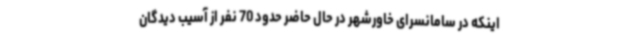
اینکه در سامانسرای خاورشهر در حال حاضر حدود 70 نفر از آسیب دیدگان